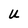
Character: U